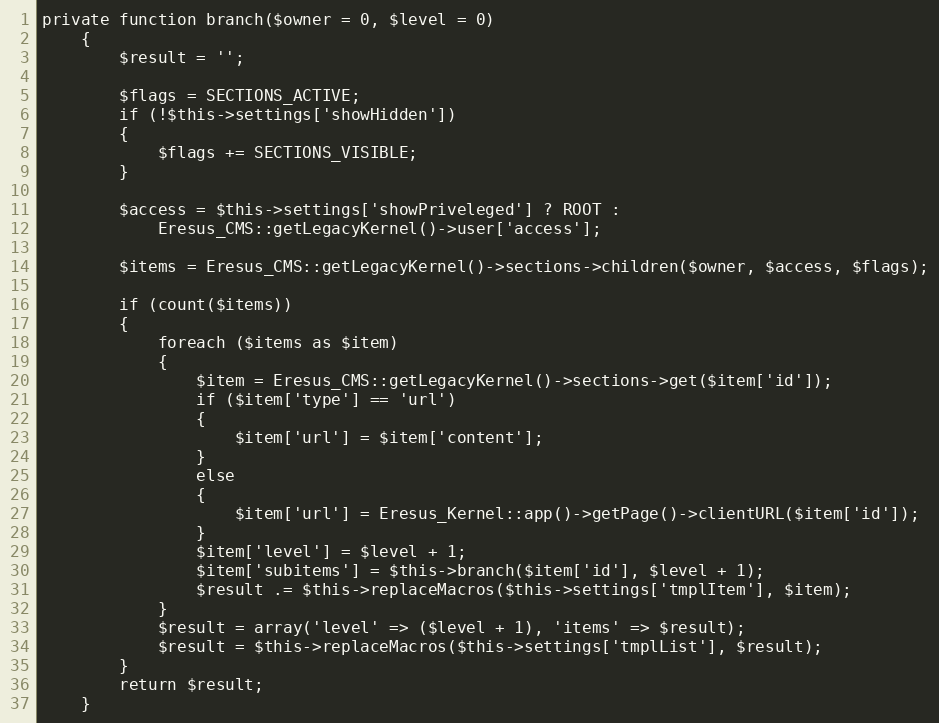
Language: PHP
private function branch($owner = 0, $level = 0)
    {
        $result = '';

        $flags = SECTIONS_ACTIVE;
        if (!$this->settings['showHidden'])
        {
            $flags += SECTIONS_VISIBLE;
        }

        $access = $this->settings['showPriveleged'] ? ROOT :
            Eresus_CMS::getLegacyKernel()->user['access'];

        $items = Eresus_CMS::getLegacyKernel()->sections->children($owner, $access, $flags);

        if (count($items))
        {
            foreach ($items as $item)
            {
                $item = Eresus_CMS::getLegacyKernel()->sections->get($item['id']);
                if ($item['type'] == 'url')
                {
                    $item['url'] = $item['content'];
                }
                else
                {
                    $item['url'] = Eresus_Kernel::app()->getPage()->clientURL($item['id']);
                }
                $item['level'] = $level + 1;
                $item['subitems'] = $this->branch($item['id'], $level + 1);
                $result .= $this->replaceMacros($this->settings['tmplItem'], $item);
            }
            $result = array('level' => ($level + 1), 'items' => $result);
            $result = $this->replaceMacros($this->settings['tmplList'], $result);
        }
        return $result;
    }